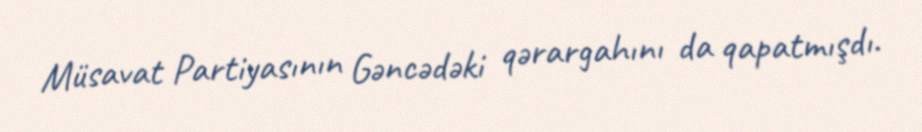
Müsavat Partiyasının Gəncədəki qərargahını da qapatmışdı.